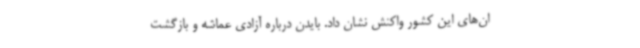
ان‌های این کشور واکنش نشان داد. بایدن درباره آزادی عماشه و بازگشت